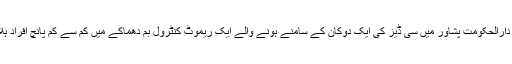
پاکستان کے صوبۂ خیبر پختون خوا کے دارالحکومت پشاور میں سی ڈیز کی ایک دوکان کے سامنے ہونے والے ایک ریموٹ کنٹرول بم دھماکے میں کم سے کم پانچ افراد ہلاک اور تیس سے زیادہ زخمی ہوگئے ہیں۔